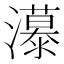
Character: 𰝭